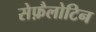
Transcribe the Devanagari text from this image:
सेफ़ैलोटिन